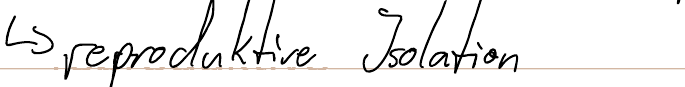
-> reproduktive Isolation